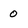
Character: 0